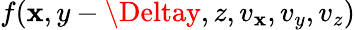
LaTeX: f(\mathbf{x},y-\Deltay,z,v_{\mathbf{x}},v_{y},v_{z})